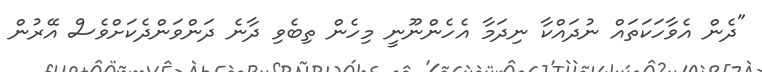
"ދެން އެވާހަކަތައް ނުދައްކާ ނިދަމާ އެހެންނޫނީ މިހެން ތިބެވި ދާނެ ދަންވަންދެކަށްވެސް އޭރުން